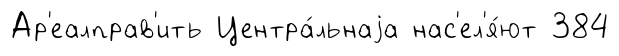
Ар'еалправ'ить Центра́льнаjа нас'ел'я́ют 384